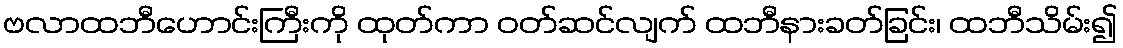
ဗလာထဘီဟောင်းကြီးကို ထုတ်ကာ ဝတ်ဆင်လျက် ထဘီနားခတ်ခြင်း၊ ထဘီသိမ်း၍